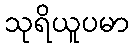
သုရိယူပမာ